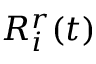
R _ { i } ^ { r } ( t )